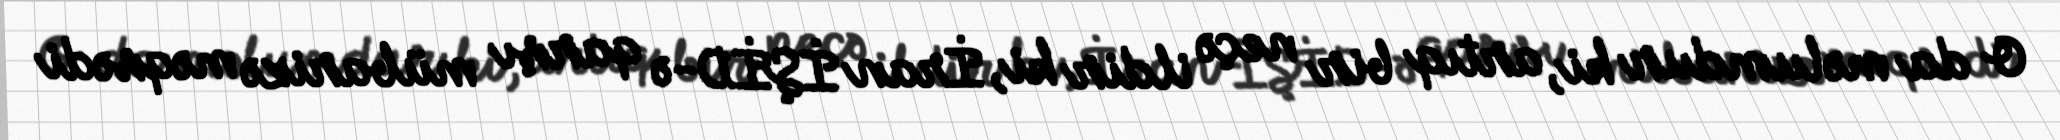
O da məlumdur ki, artıq bir neçə ildir ki, İran İŞİD-ə qarşı mübarizə məqsədi